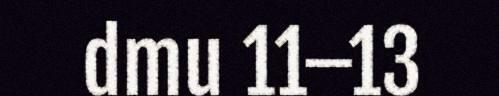
dmu 11–13